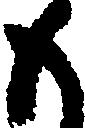
も